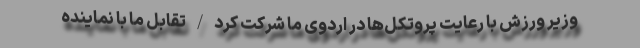
وزیر ورزش با رعایت پروتکل‌ها در اردوی ما شرکت کرد/تقابل ما با نماینده